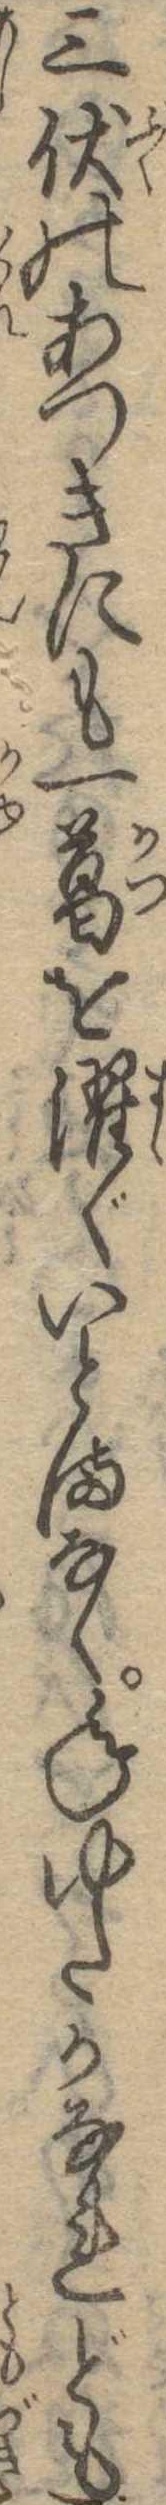
三伏のあつきにも一葛を濯ぐいとまなく年ゆたかなれども